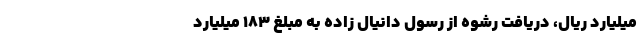
میلیارد ریال، دریافت رشوه از رسول دانیال زاده به مبلغ ۱۸۳ میلیارد